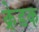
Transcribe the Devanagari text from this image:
क्रेडक